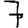
Digit: 7